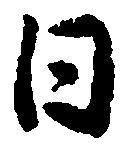
日